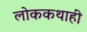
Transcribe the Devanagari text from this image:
लोककथाही